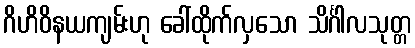
ဂိဟိဝိနယကျမ်းဟု ခေါ်ထိုက်လှသော သိင်္ဂါလသုတ္တ